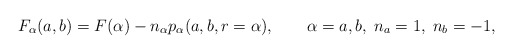
\begin{align*}F_{\alpha }(a,b)=F(\alpha )-n_{\alpha }p_{\alpha }(a,b,r=\alpha ),\qquad\alpha =a,b,\;n_{a}=1,\;n_{b}=-1, \end{align*}